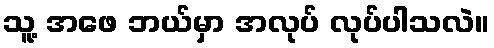
သူ့ အဖေ ဘယ်မှာ အလုပ် လုပ်ပါသလဲ။